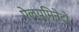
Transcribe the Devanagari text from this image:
ऐल्युमिनेटों